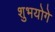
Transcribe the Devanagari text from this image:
शुभयोगे